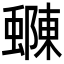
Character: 𮔽